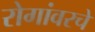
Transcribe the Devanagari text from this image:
रोगांवरचे